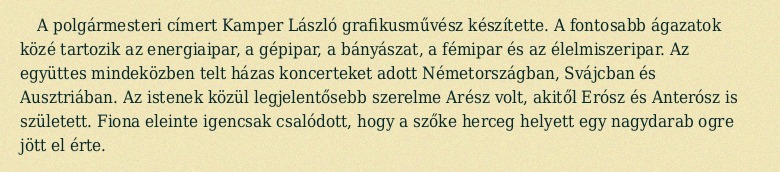
A polgármesteri címert Kamper László grafikusművész készítette. A fontosabb ágazatok közé tartozik az energiaipar, a gépipar, a bányászat, a fémipar és az élelmiszeripar. Az együttes mindeközben telt házas koncerteket adott Németországban, Svájcban és Ausztriában. Az istenek közül legjelentősebb szerelme Arész volt, akitől Erósz és Anterósz is született. Fiona eleinte igencsak csalódott, hogy a szőke herceg helyett egy nagydarab ogre jött el érte.